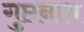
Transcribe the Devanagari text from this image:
गुप्तनाथ